Scottish Leaving Certificate Examination, 1951
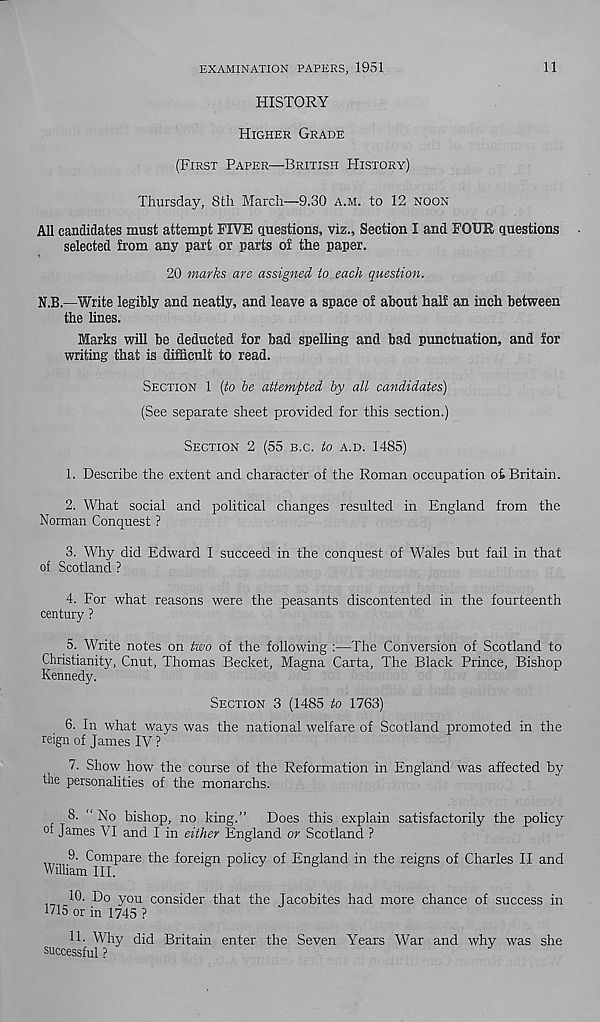
EXAMINATION PAPERS, 1951
11
HISTORY
HIGHER GRADE
(FIRST PAPER—BRITISH HISTORY)
Thursday, 8th March—9.30 A.M. to 12 NOON
All candidates must attempt FIVE questions, viz.. Section I and FOUR questions
selected from any part or parts of the paper.
20 marks are assigned to each question.
N.B.—Write legibly and neatly, and leave a space of about half an inch between
the lines.
Marks will be deducted for bad spelling and bad punctuation, and for
writing that is difficult to read.
SECTION 1 (to be attempted by all candidates)
(See separate sheet provided for this section.)
SECTION 2 (55 B.C. to A.D. 1485)
1. Describe the extent and character of the Roman occupation oi Britain.
2. What social and political changes resulted in England from the
Norman Conquest ?
3. Why did Edward I succeed in the conquest of Wales but fail in that
of Scotland ?
4. For what reasons were the peasants discontented in the fourteenth
century ?
5. Write notes on two of the following :—The Conversion of Scotland to
Christianity, Cnut, Thomas Becket, Magna Carta, The Black Prince, Bishop
Kennedy.
SECTION 3 (1485 to 1763)
6. In what ways was the national welfare of Scotland promoted in the
reign of James IV ?
7. Show how the course of the Reformation in England was affected by
the personalities of the monarchs.
8. “ No bishop, no king.” Does this explain satisfactorily the policy
of James VI and I in either England or Scotland ?
9- Compare the foreign policy of England in the reigns of Charles II and
William III.
10. Do you consider that the Jacobites had more chance of success in
“15 or in 1745 ?
11. Why did Britain enter the Seven Years War and why was she
successful ?